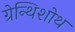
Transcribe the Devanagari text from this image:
ग्रेन्थिशोथ